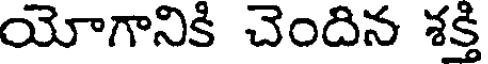
యోగానికి చెందిన శక్తి